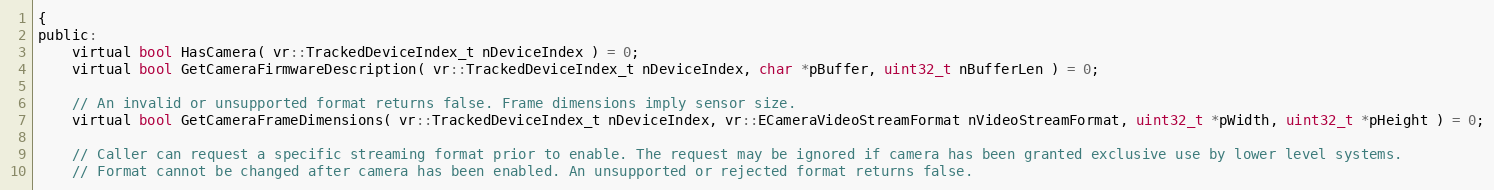
Language: C
{
public:
	virtual bool HasCamera( vr::TrackedDeviceIndex_t nDeviceIndex ) = 0;
	virtual bool GetCameraFirmwareDescription( vr::TrackedDeviceIndex_t nDeviceIndex, char *pBuffer, uint32_t nBufferLen ) = 0;

	// An invalid or unsupported format returns false. Frame dimensions imply sensor size.
	virtual bool GetCameraFrameDimensions( vr::TrackedDeviceIndex_t nDeviceIndex, vr::ECameraVideoStreamFormat nVideoStreamFormat, uint32_t *pWidth, uint32_t *pHeight ) = 0;

	// Caller can request a specific streaming format prior to enable. The request may be ignored if camera has been granted exclusive use by lower level systems.
	// Format cannot be changed after camera has been enabled. An unsupported or rejected format returns false.